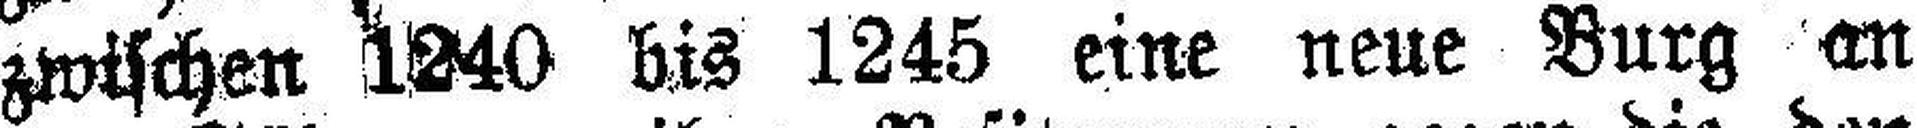
zwischen 1240 bis 1245 eine neue Burg an